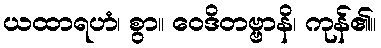
ယထာရဟံ၊ စွာ။ ဝေဒိတဗ္ဗာနိ၊ ကုန်၏။